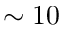
\sim 1 0